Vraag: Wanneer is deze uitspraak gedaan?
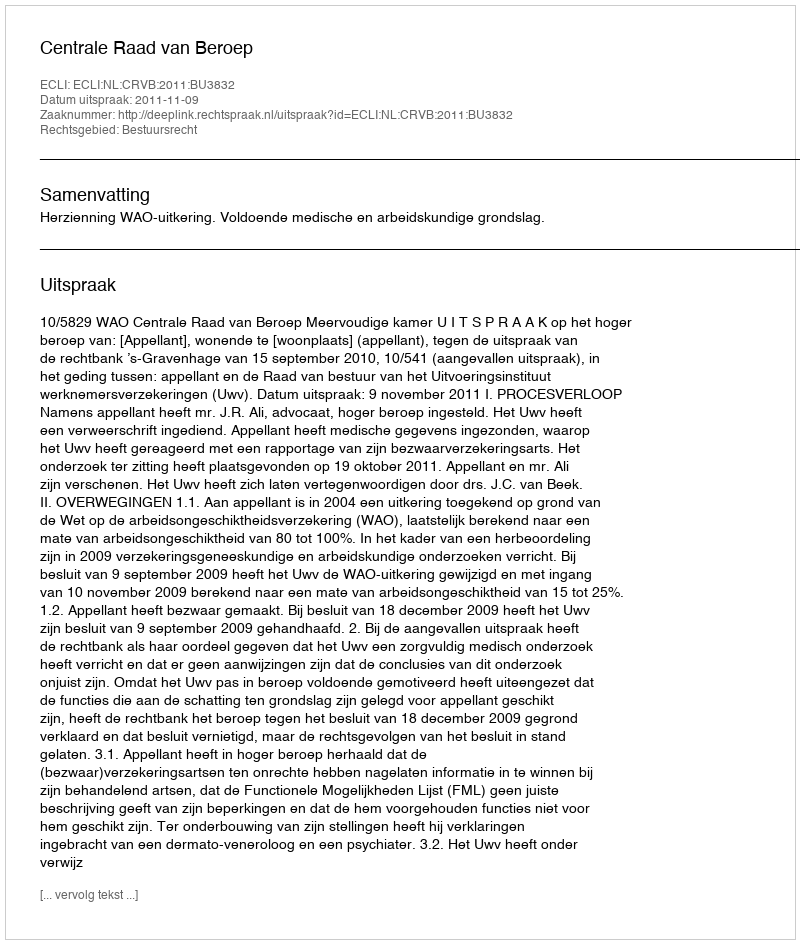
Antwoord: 2011-11-09